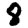
Digit: 8